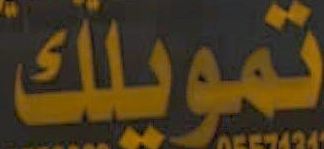
تمويلك